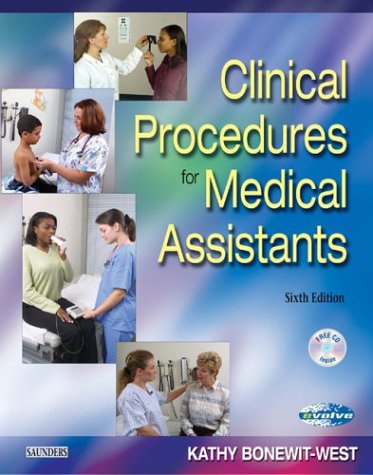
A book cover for Clinical Procedures for Medical Assistants; Kathy Bonewit-West; Medical Books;